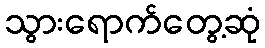
သွားရောက်တွေ့ဆုံ